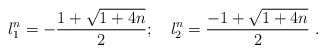
\begin{align*}{l_1^n} =-\frac{1+\sqrt{1+4n}}{2};~~~{l_2^n} =\frac{-1+\sqrt{1+4n}}{2}~.\end{align*}